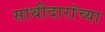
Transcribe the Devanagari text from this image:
साथीदारांच्या